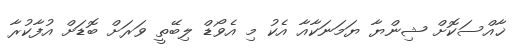
ޚާއްސަކޮށް ޝިންޔާ ޔަމަނަކާއާ އެކު މި އެވޯޑް ލިބޭތީ ވަރަށް ބޮޑަށް އުފާކުރާ